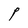
Character: P